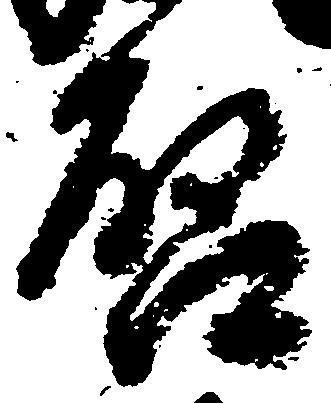
啓